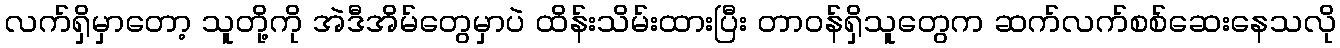
လက်ရှိမှာတော့ သူတို့ကို အဲဒီအိမ်တွေမှာပဲ ထိန်းသိမ်းထားပြီး တာဝန်ရှိသူတွေက ဆက်လက်စစ်ဆေးနေသလို